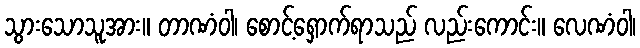
သွားသောသူအား။ တာဏံဝါ၊ စောင့်ရှောက်ရာသည် လည်းကောင်း။ လေဏံဝါ၊